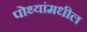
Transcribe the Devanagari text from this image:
पोथ्यांमधील